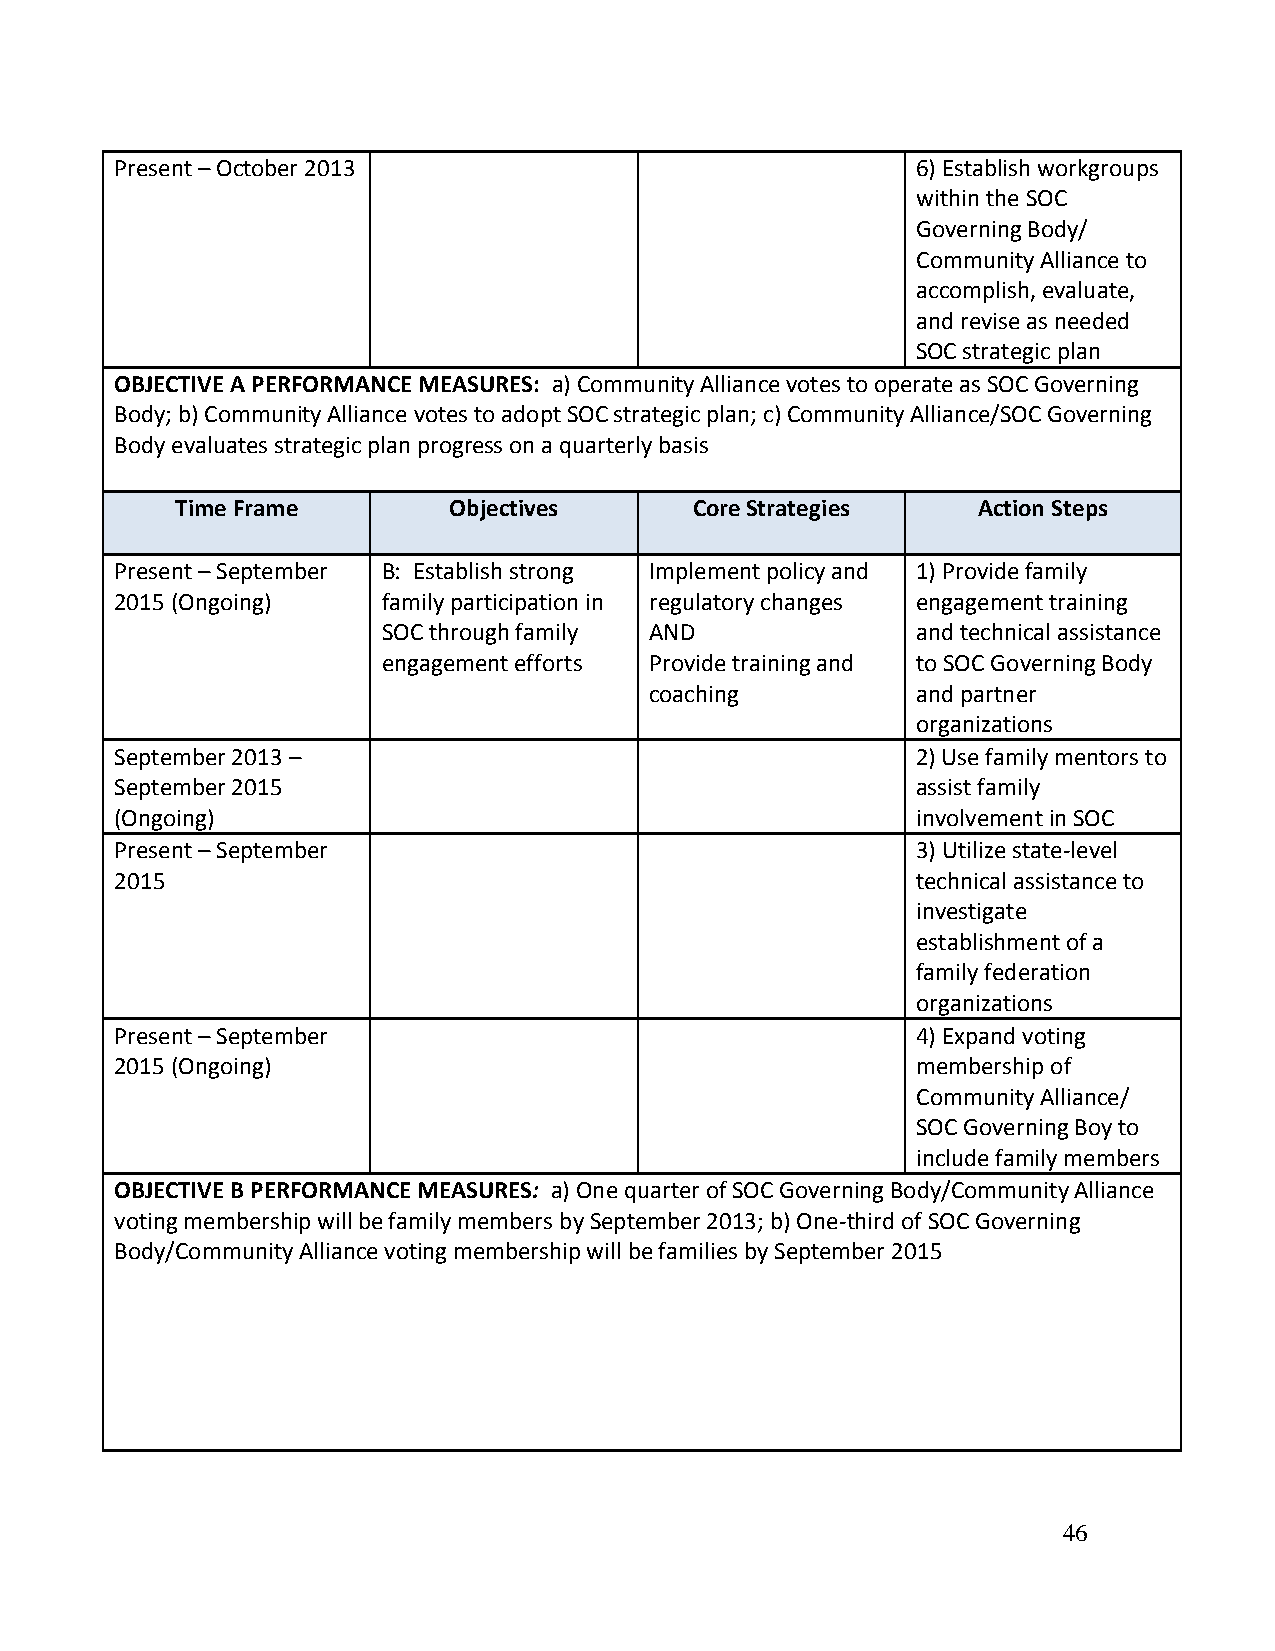
Present – October 2013                               6) Establish workgroups
 within the SOC
 Governing Body/
 Community Alliance to
 accomplish, evaluate,
 and revise as needed
 SOC strategic plan
 OBJECTIVE A PERFORMANCE MEASURES: a) Community Alliance votes to operate as SOC Governing
 Body; b) Community Alliance votes to adopt SOC strategic plan; c) Community Alliance/SOC Governing
 Body evaluates strategic plan progress on a quarterly basis
 Time Frame        Objectives      Core Strategies    Action Steps
 Present – September B: Establish strong Implement policy and 1) Provide family
 2015 (Ongoing)   family participation in regulatory changes engagement training
 SOC through family AND              and technical assistance
 engagement efforts Provide training and to SOC Governing Body
 coaching          and partner
 organizations
 September 2013 –                                     2) Use family mentors to
 September 2015                                       assist family
 (Ongoing)                                            involvement in SOC
 Present – September                                  3) Utilize state-level
 2015                                                 technical assistance to
 investigate
 establishment of a
 family federation
 organizations
 Present – September                                  4) Expand voting
 2015 (Ongoing)                                       membership of
 Community Alliance/
 SOC Governing Boy to
 include family members
 OBJECTIVE B PERFORMANCE MEASURES: a) One quarter of SOC Governing Body/Community Alliance
 voting membership will be family members by September 2013; b) One-third of SOC Governing
 Body/Community Alliance voting membership will be families by September 2015
 46